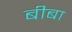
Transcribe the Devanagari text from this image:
बीबा